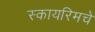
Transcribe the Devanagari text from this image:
स्कायरिमचे